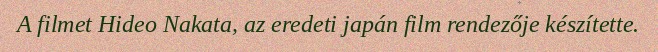
A filmet Hideo Nakata, az eredeti japán film rendezője készítette.